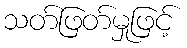
သတ်ဖြတ်မှုဖြင့်